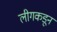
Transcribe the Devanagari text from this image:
लीगकडून